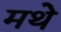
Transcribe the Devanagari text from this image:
मथे